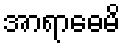
အာရာဓေမိ